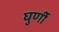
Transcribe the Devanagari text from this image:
घुर्णी